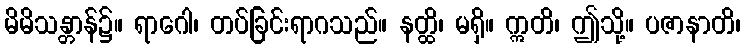
မိမိသန္တာန်၌။ ရာဂေါ၊ တပ်ခြင်းရာဂသည်။ နတ္ထိ၊ မရှိ။ ဣတိ၊ ဤသို့။ ပဇာနာတိ၊